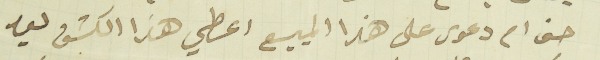
حق ام دعوى على هذا المبيع اعطي هذا الكشف ليد